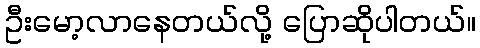
ဦးမော့လာနေတယ်လို့ ပြောဆိုပါတယ်။